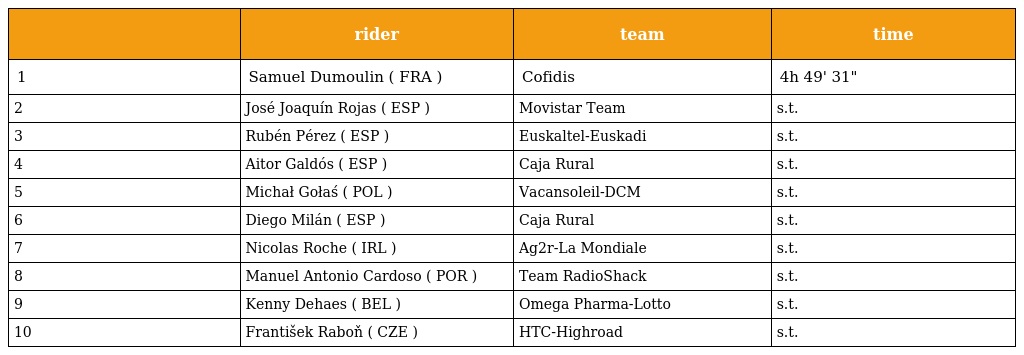
|  | rider | team | time |
 | --- | --- | --- | --- |
 | 1 | Samuel Dumoulin ( FRA ) | Cofidis | 4h 49' 31" |
 | 2 | José Joaquín Rojas ( ESP ) | Movistar Team | s.t. |
 | 3 | Rubén Pérez ( ESP ) | Euskaltel-Euskadi | s.t. |
 | 4 | Aitor Galdós ( ESP ) | Caja Rural | s.t. |
 | 5 | Michał Gołaś ( POL ) | Vacansoleil-DCM | s.t. |
 | 6 | Diego Milán ( ESP ) | Caja Rural | s.t. |
 | 7 | Nicolas Roche ( IRL ) | Ag2r-La Mondiale | s.t. |
 | 8 | Manuel Antonio Cardoso ( POR ) | Team RadioShack | s.t. |
 | 9 | Kenny Dehaes ( BEL ) | Omega Pharma-Lotto | s.t. |
 | 10 | František Raboň ( CZE ) | HTC-Highroad | s.t. |